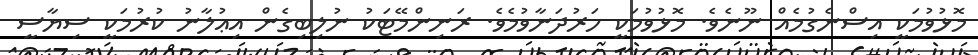
މޮޅުވުމަކީ އިސްނެގުމެއް ނޫނެވެ. މޮޅުވުމަކީ ހަރުދަނާވުމެވެ. ރަނިންމޭޓަކު ނުލިބިގެން އިޢުލާނު ކުރުމަކީ ސިޔާސީ